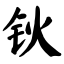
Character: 钬